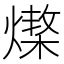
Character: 𤏆